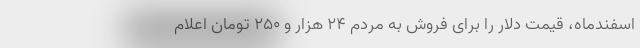
اسفندماه، قیمت دلار را برای فروش به مردم ۲۴ هزار و ۲۵۰ تومان اعلام